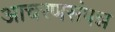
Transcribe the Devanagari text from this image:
आचरणसंपन्न